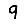
Digit: 9